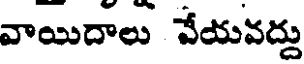
వాయిదాలు వేయవద్దు